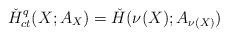
LaTeX: \begin{align*} \check H^q_{ct}(X;A_X)=\check H(\nu(X);A_{\nu(X)}) \end{align*}